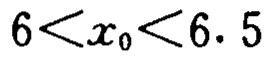
\(6<x_0<6.5\)